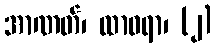
အာဏတ်၊ ထာဝရာ၊ (၂)